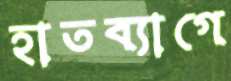
হাতব্যাগে